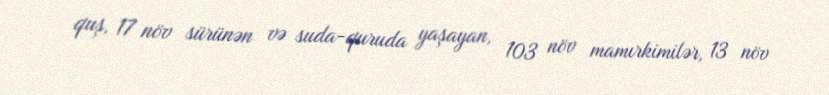
quş, 17 növ sürünən və suda-quruda yaşayan, 103 növ mamırkimilər, 13 növ